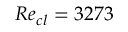
R e _ { c l } = 3 2 7 3